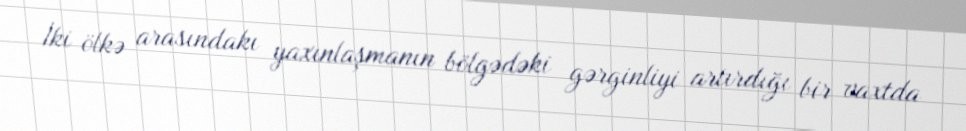
İki ölkə arasındakı yaxınlaşmanın bölgədəki gərginliyi artırdığı bir vaxtda